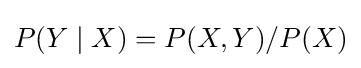
P(Y\mid X)=P(X,Y)/P(X)